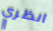
انظري